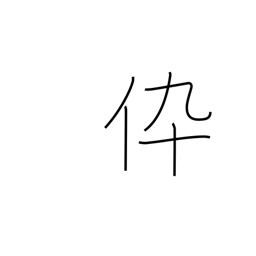
Meaning: son